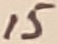
Text: 15